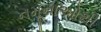
નમૂનાઓથી